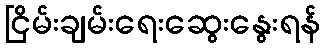
ငြိမ်းချမ်းရေးဆွေးနွေးရန်